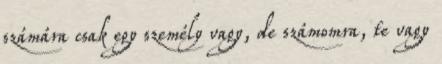
számára csak egy személy vagy, de számomra, te vagy